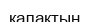
қалақтың